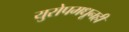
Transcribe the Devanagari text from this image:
युरोपमधूनही